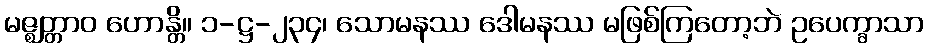
မဇ္ဈတ္တာဝ ဟောန္တိ။ ၁-ဋ္ဌ-၂၃၄၊ သောမနဿ ဒေါမနဿ မဖြစ်ကြတော့ဘဲ ဥပေက္ခာသာ